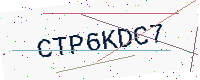
Text: CTP6KDC7